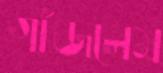
গাঁজলেম